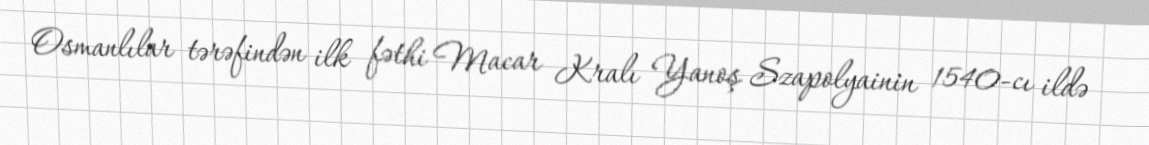
Osmanlılar tərəfindən ilk fəthi Macar Kralı Yanoş Szapolyainin 1540-cı ildə